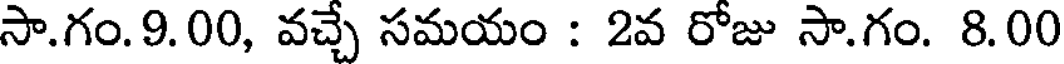
సా.గం.9.00, వచ్చే సమయం : 2వ రోజు సా.గం. 8.00